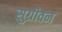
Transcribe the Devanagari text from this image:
सुग्रीवन